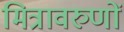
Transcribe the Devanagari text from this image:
मित्रावरुणों